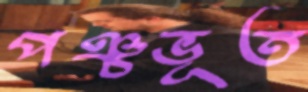
পঞ্চভূত